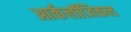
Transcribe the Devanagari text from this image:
आर्कलॉजिकल